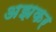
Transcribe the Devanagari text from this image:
अझकर